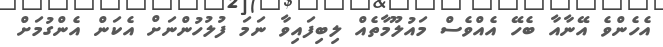
އެހެންވެ އޭނާއާ ބެހޭ އެއްވެސް މައުލޫމާތެއް ލިބިފައިވާ ނަމަ ފުލުހުންނަށް އެކަން އެންގުމަށް